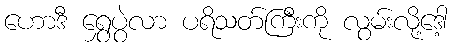
ဟောဒီ ရွှေပွဲလာ ပရိသတ်ကြီးကို လွမ်းလို့ဒေါ့